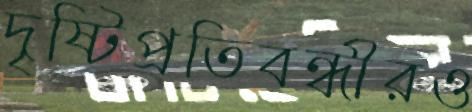
দৃষ্টিপ্রতিবন্ধীরও